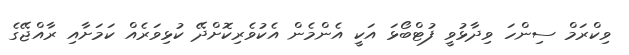
ވިކްރަމް ސިންހަ ވިދާޅުވީ ފުޓްބޯޅަ އަކީ އެންމެން އެކުވެރިކޮށްދޭ ކުޅިވަރެއް ކަމަށާއި ރާއްޖޭގެ